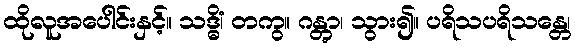
ထိုလူအပေါင်းနှင့်။ သဒ္ဓိံ၊ တကွ။ ဂန္တွာ၊ သွား၍။ ပရိသပရိသန္တေ၊